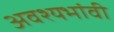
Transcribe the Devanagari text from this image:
अवश्यभांवी